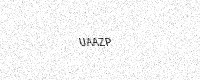
Text: UAAZP